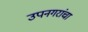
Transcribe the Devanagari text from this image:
उपनगरांचा